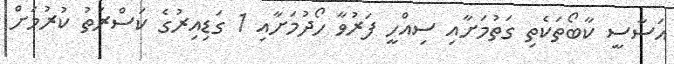
އަސާސީ ކާބޯތަކެތި ގަތުމަށާއި ސިއްހީ ފަރުވާ ހޯދުމަށާއި 1 ގަޑިއިރުގެ ކަސްރަތު ކުރުމަށް